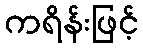
ကရိန်းဖြင့်